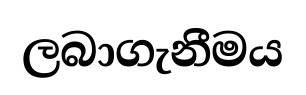
ලබාගැනීමය